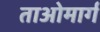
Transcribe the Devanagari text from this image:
ताओमार्ग